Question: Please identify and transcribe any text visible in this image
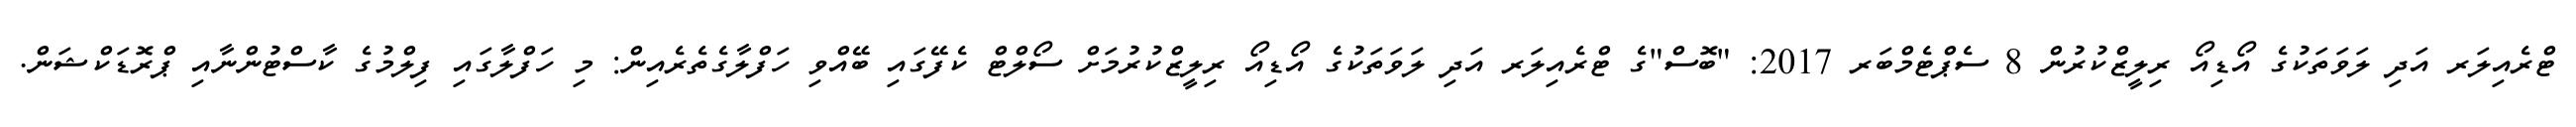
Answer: ޓްރެއިލަރ އަދި ލަވަތަކުގެ އޯޑިއޯ ރިލީޒްކުރުން 8 ސެޕްޓެމްބަރ 2017: "ބޮސް"ގެ ޓްރެއިލަރ އަދި ލަވަތަކުގެ އޯޑިއޯ ރިލީޒްކުރުމަށް ސޯލްޓް ކެފޭގައި ބޭއްވި ހަފްލާގެތެރެއިން: މި ހަފްލާގައި ފިލްމުގެ ކާސްޓުންނާއި ޕްރޮޑަކްޝަން.